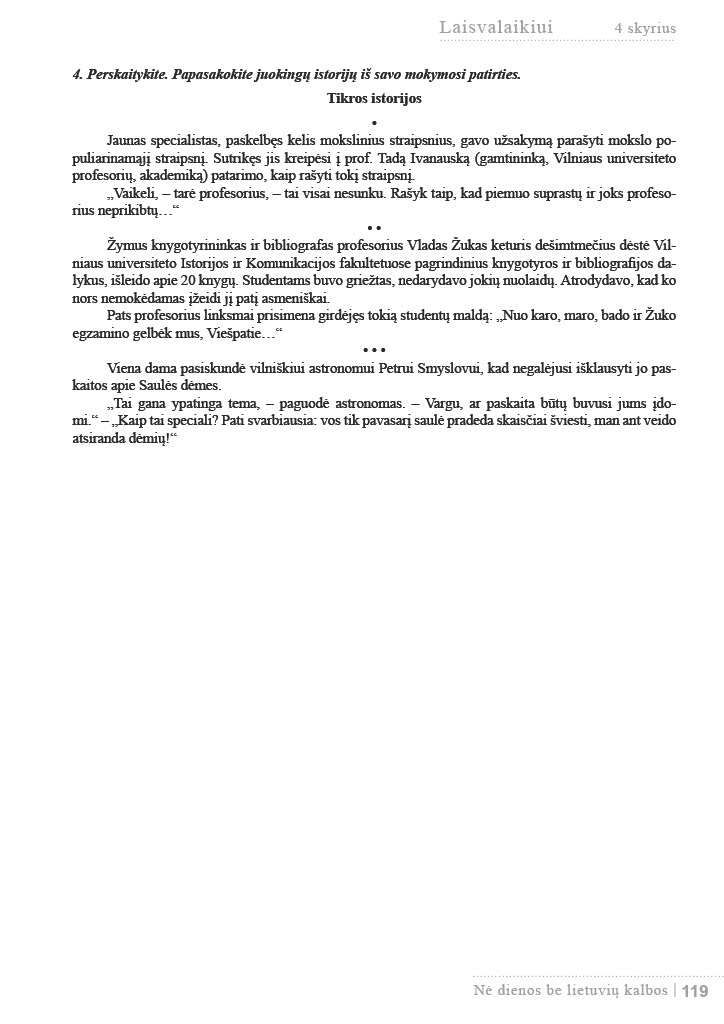
Language: lt